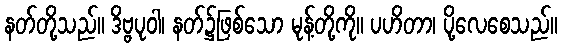
နတ်တို့သည်။ ဒိဗ္ဗပုဝါ၊ နတ်၌ဖြစ်သော မုန့်တို့ကို။ ပဟိတာ၊ ပို့လေစေသည်။